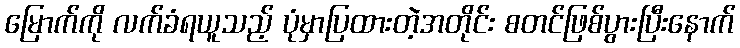
မြောက်ကို လက်ခံရယူသည့် ပုံမှာပြထားတဲ့အတိုင်း စတင်ဖြစ်ပွားပြီးနောက်